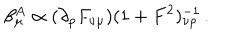
\beta _ { \mu } ^ { A } \propto ( \partial _ { \rho } F _ { \nu \mu } ) ( 1 + F ^ { 2 } ) _ { \nu \rho } ^ { - 1 } \, .